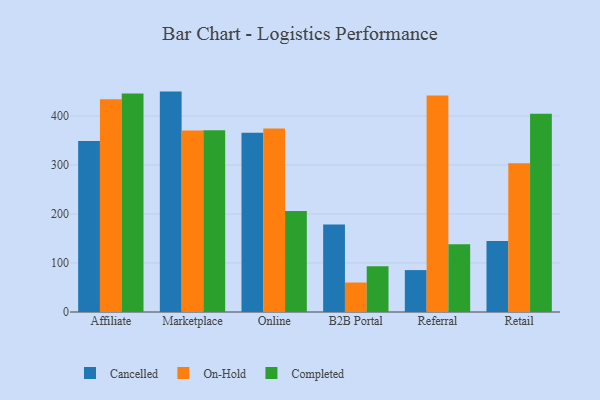
{"axis": {"x": "Channel", "y": "Net Income (USD K)"}, "legend": ["Cancelled", "Completed", "On-Hold"], "data": [{"x": "Affiliate", "y": 348.8, "type": "Cancelled"}, {"x": "Affiliate", "y": 434.1, "type": "On-Hold"}, {"x": "Affiliate", "y": 445.9, "type": "Completed"}, {"x": "Marketplace", "y": 449.7, "type": "Cancelled"}, {"x": "Marketplace", "y": 370.3, "type": "On-Hold"}, {"x": "Marketplace", "y": 370.8, "type": "Completed"}, {"x": "Online", "y": 365.8, "type": "Cancelled"}, {"x": "Online", "y": 374.5, "type": "On-Hold"}, {"x": "Online", "y": 206.1, "type": "Completed"}, {"x": "B2B Portal", "y": 178.4, "type": "Cancelled"}, {"x": "B2B Portal", "y": 60.2, "type": "On-Hold"}, {"x": "B2B Portal", "y": 93.4, "type": "Completed"}, {"x": "Referral", "y": 85.5, "type": "Cancelled"}, {"x": "Referral", "y": 441.8, "type": "On-Hold"}, {"x": "Referral", "y": 138.0, "type": "Completed"}, {"x": "Retail", "y": 145.0, "type": "Cancelled"}, {"x": "Retail", "y": 303.4, "type": "On-Hold"}, {"x": "Retail", "y": 404.6, "type": "Completed"}]}